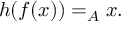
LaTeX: h ( f ( x ) ) = _ { A } x .